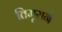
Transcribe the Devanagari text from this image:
तिमूराने